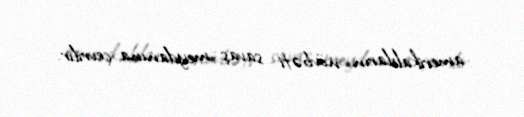
amerikalıların növbəti savaş meydanına çevrilir.